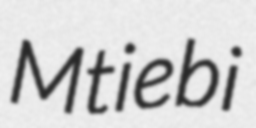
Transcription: Mtiebi